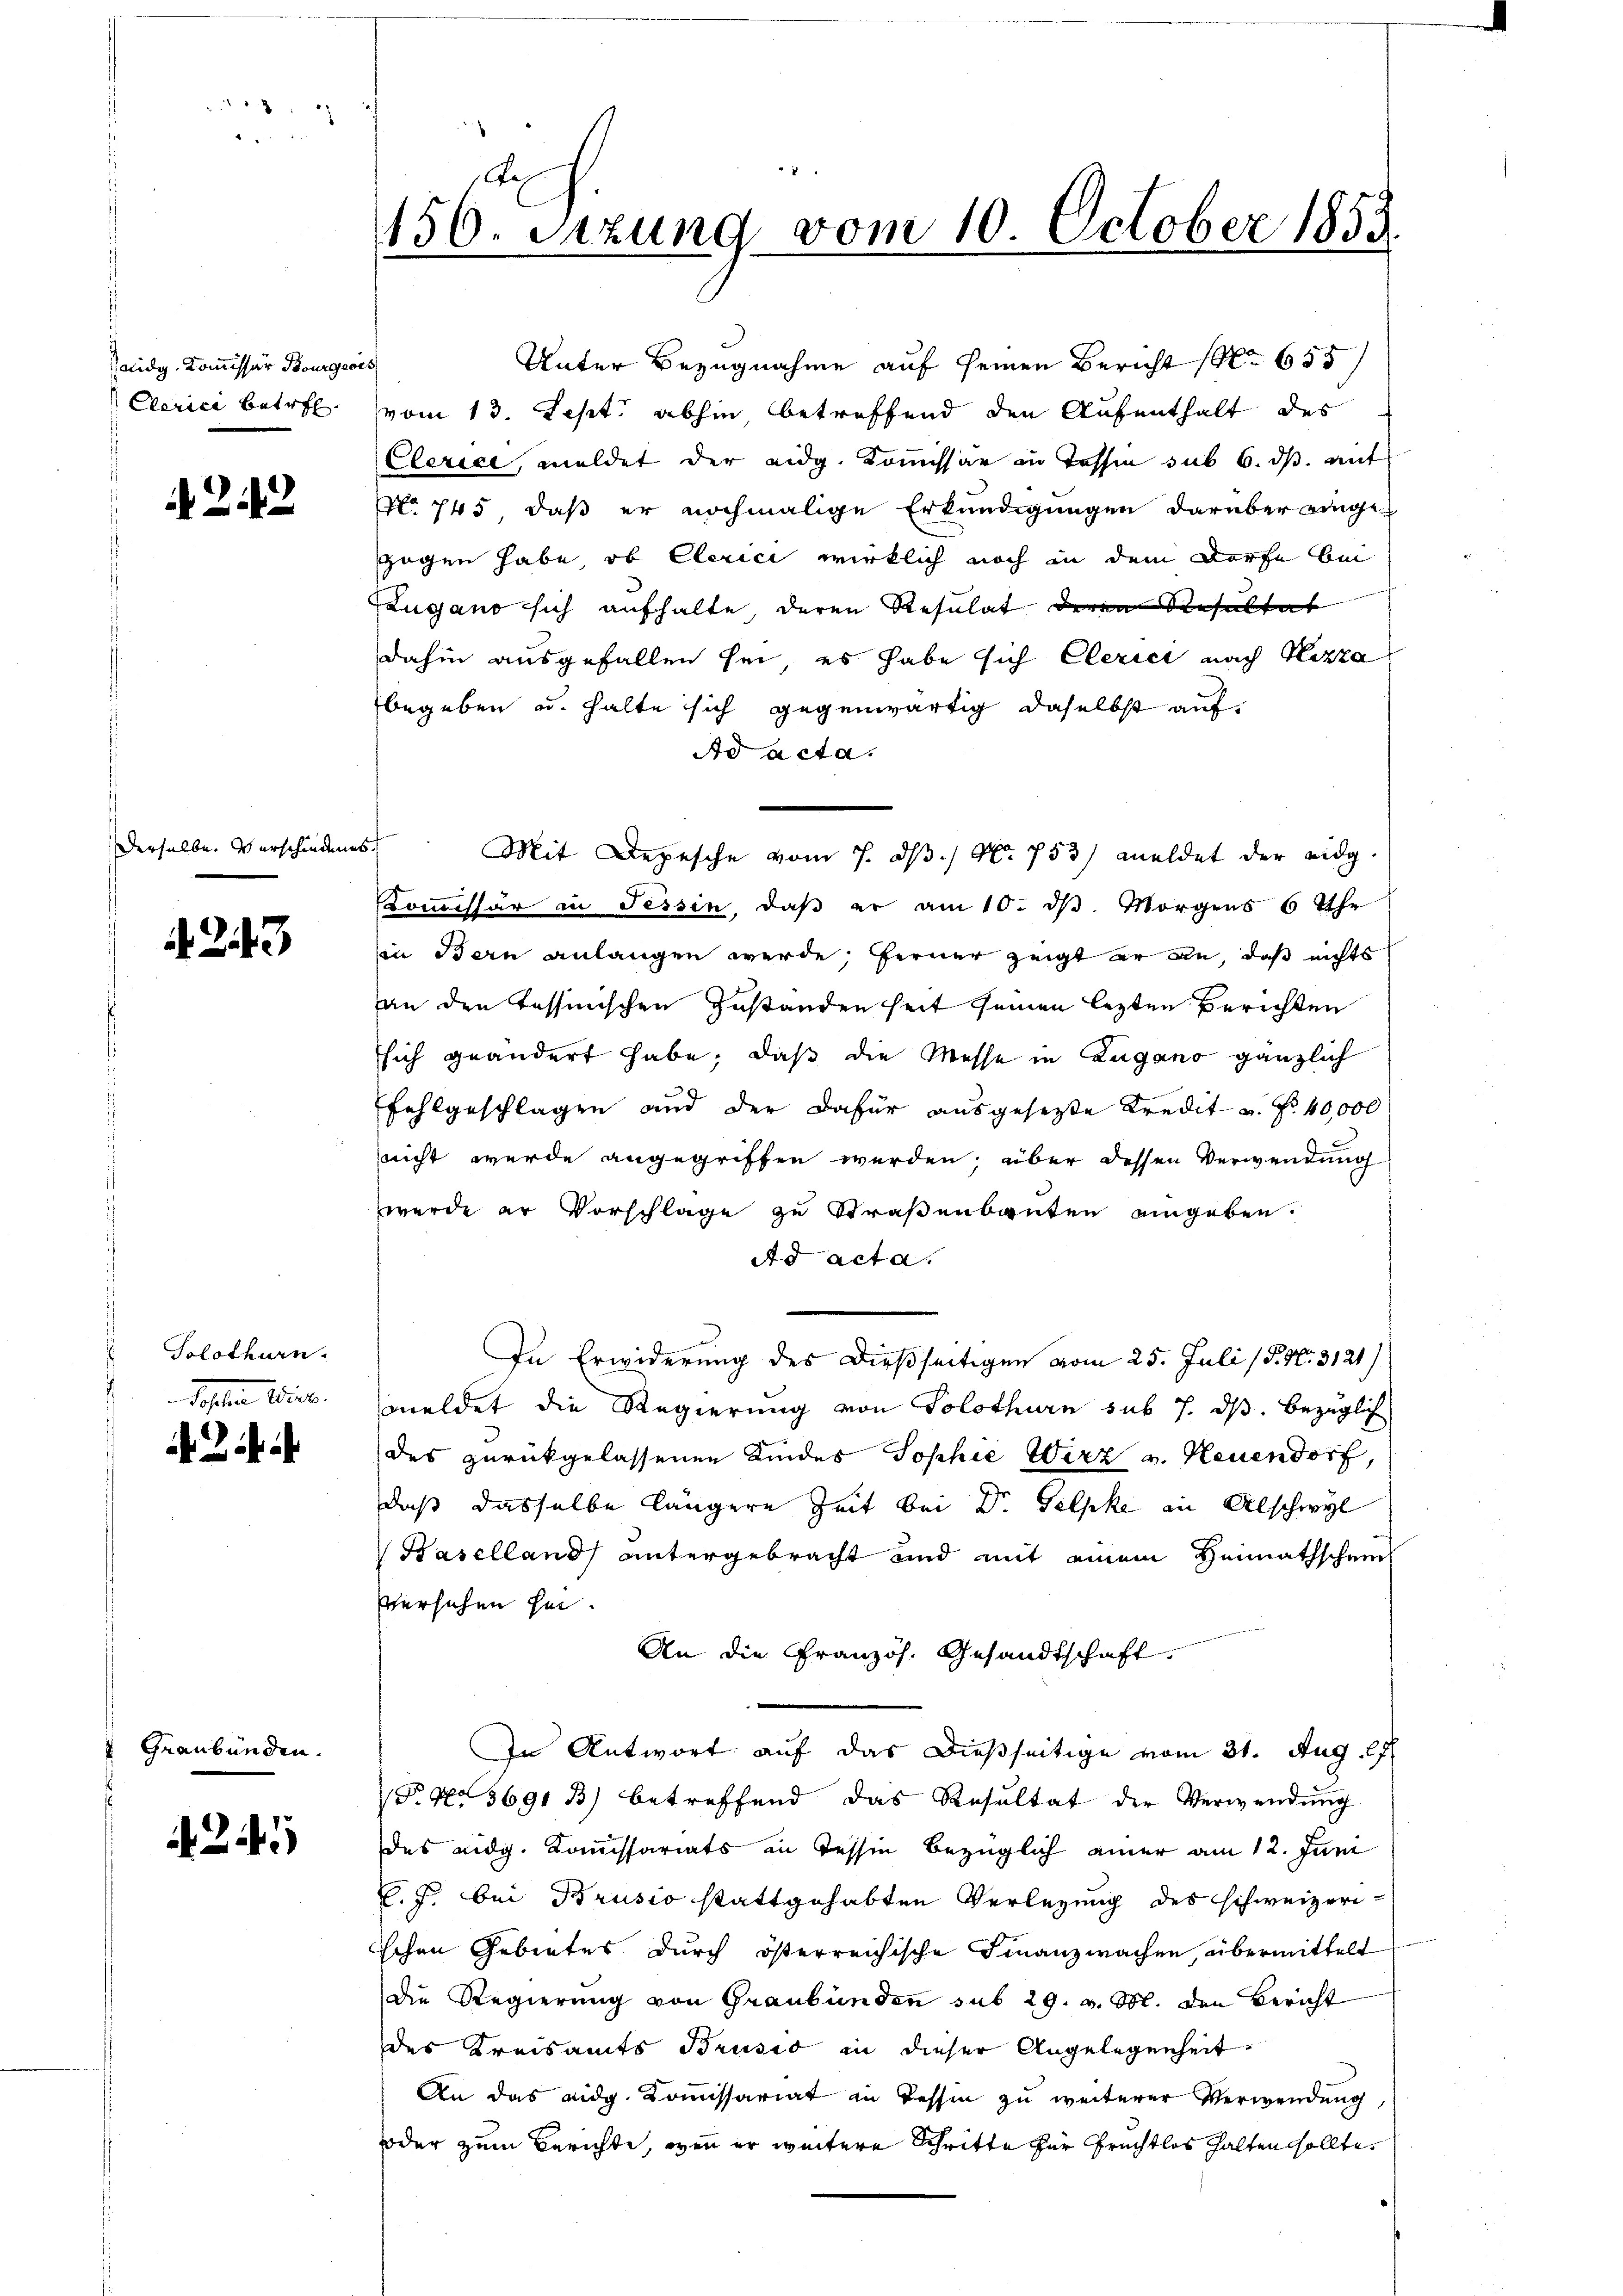
aidg. Kommissär Bourgeois
Clerici betref

N 22

Derselbe. Verschieden

243

Solothurn.
Posten Weier.

Graubünden.

245

e
156. Sitzung vom 10. October 1853

Unter Bezugnahme auf seinen Bericht No 655
vom 13. Sept. abhin betreffend den Aufenthalt des
Clerici, meldet der eidg. Kommissär in Tessin sub 6. ds. mit
No 745, daß er nochmalige Erkundigungen darüber einge-
gegen habe, ob Clerici wirklich noch in dem Dorfe bei
Zugano sich aufhalte, deren Resulat deren Resultat
dahin ausgefallen sei, es habe sich Clerici nach Nizza
begeben u. halte sich gegenwärtig daselbst auf
Ad acta.
5f
Kommissär in Tessin, daβ er am 10. dβ. Morgens 6 Uhr
in Bern anlangen werde, ferner zeigt er an, daß nichts
an den Tessinischen Zustanden seit seinen lezten Berichten
sich geändert habe; daß die Messe in Zugano gänzlich
fehlgeschlagen und der dafür ausgesetzte Kredit u. fr. 40,000
nicht wurde angegriffen werden; über dessen Verwendung
werde er Vorschläge zu Straßenbauten eingeben.
Ad acta
In Erwiderung des dießseitigen vom 25. Juli (S. Nr. 3121)
meldet die Regierung von Solothurn sub 7. ds. bezüglich
des zurückgelassenen Kindes Sophie Wirz v. Neuendorf,
daß dasselbe längere Zeit bei Dr. Gelpke in Abschwyl
Haselland untergebracht und mit einem Heimathschein
versehen sei.
An die Französ. Gesandtschaft
In Antwort auf das dießseitige vom 31. Aug. 17
(T. 43691 33) betreffend das Resultat der Verwendung
des eidg. Kommissariats in Tessin bezüglich einer am 12. Juni
C. J. bei Brusio stattgehabten Verlegung des schweizerischen Gebietes durch österreichische Finanzwachen, übermittelt
die Regierung von Graubünden sub 29. v. M. den Bericht
des Kreisamts Brusio in dieser Angelegenheit
An das eidg. Kommissariat in Tessin zu weiterer Verwendung
oder zum Berichte, wenn er weitere Schritte für Frechtlos halten sollte.

Mit Depesche vom 7. ds / Nr. 753) meldet der eidg.